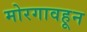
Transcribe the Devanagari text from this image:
मोरगावहून